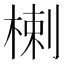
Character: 楋